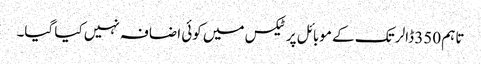
تاہم 350 ڈالر تک کے موبائل پر ٹیکس میں کوئی اضافہ نہیں کیا گیا۔